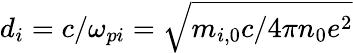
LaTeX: d_{i}=c/\omega_{pi}=\sqrt{m_{i,0}c/4\pi n_{0}e^{2}}